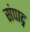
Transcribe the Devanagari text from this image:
संपाद्न